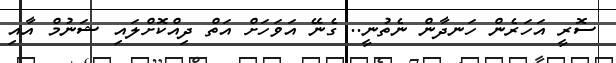
ސޮރީ އަހަރެން ހަނދާން ނެތުނީ.. ގެނޭ އަވަހަށް އަތް ދިއްކޮށްލައި ޝަނުމް އާއި